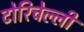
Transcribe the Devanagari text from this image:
टोरिचेल्ली